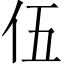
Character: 伍